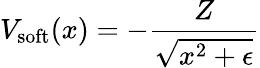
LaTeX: V_{\mathrm{soft}}(x)=-\frac{Z}{\sqrt{x^{2}+\epsilon}}